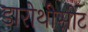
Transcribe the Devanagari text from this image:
डारोथीसीट